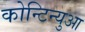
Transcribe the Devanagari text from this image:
कोन्टिन्युआ